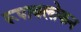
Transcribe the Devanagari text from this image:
रूपावलोकन